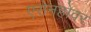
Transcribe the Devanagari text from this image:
एसेनहोवर